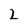
Character: 2